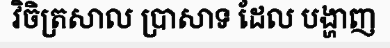
វិចិត្រសាល ប្រាសាទ ដែល បង្ហាញ